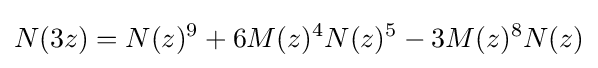
N(3z)=N(z)^{9}+6M(z)^{4}N(z)^{5}-3M(z)^{8}N(z)